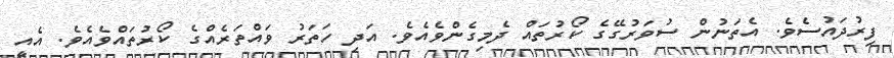
ފިރުދައުސެވެ. އެތަނުން ސުވަރުގޭގެ ކޯރުތައް ދެމިގެންވެއެވެ. އަދި ހަތަރު ވައްތަރެއްގެ ކޯރުތައްވެއެވެ. އެއީ